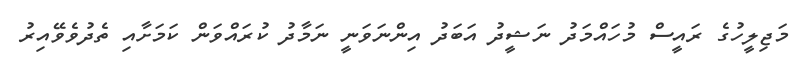
މަޖިލީހުގެ ރައީސް މުހައްމަދު ނަޝީދު އަބަދު އިންނަވަނީ ނަމާދު ކުރައްވަން ކަމަށާއި ތެދުވެވޭއިރު